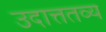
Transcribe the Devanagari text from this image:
उदात्ततव्य